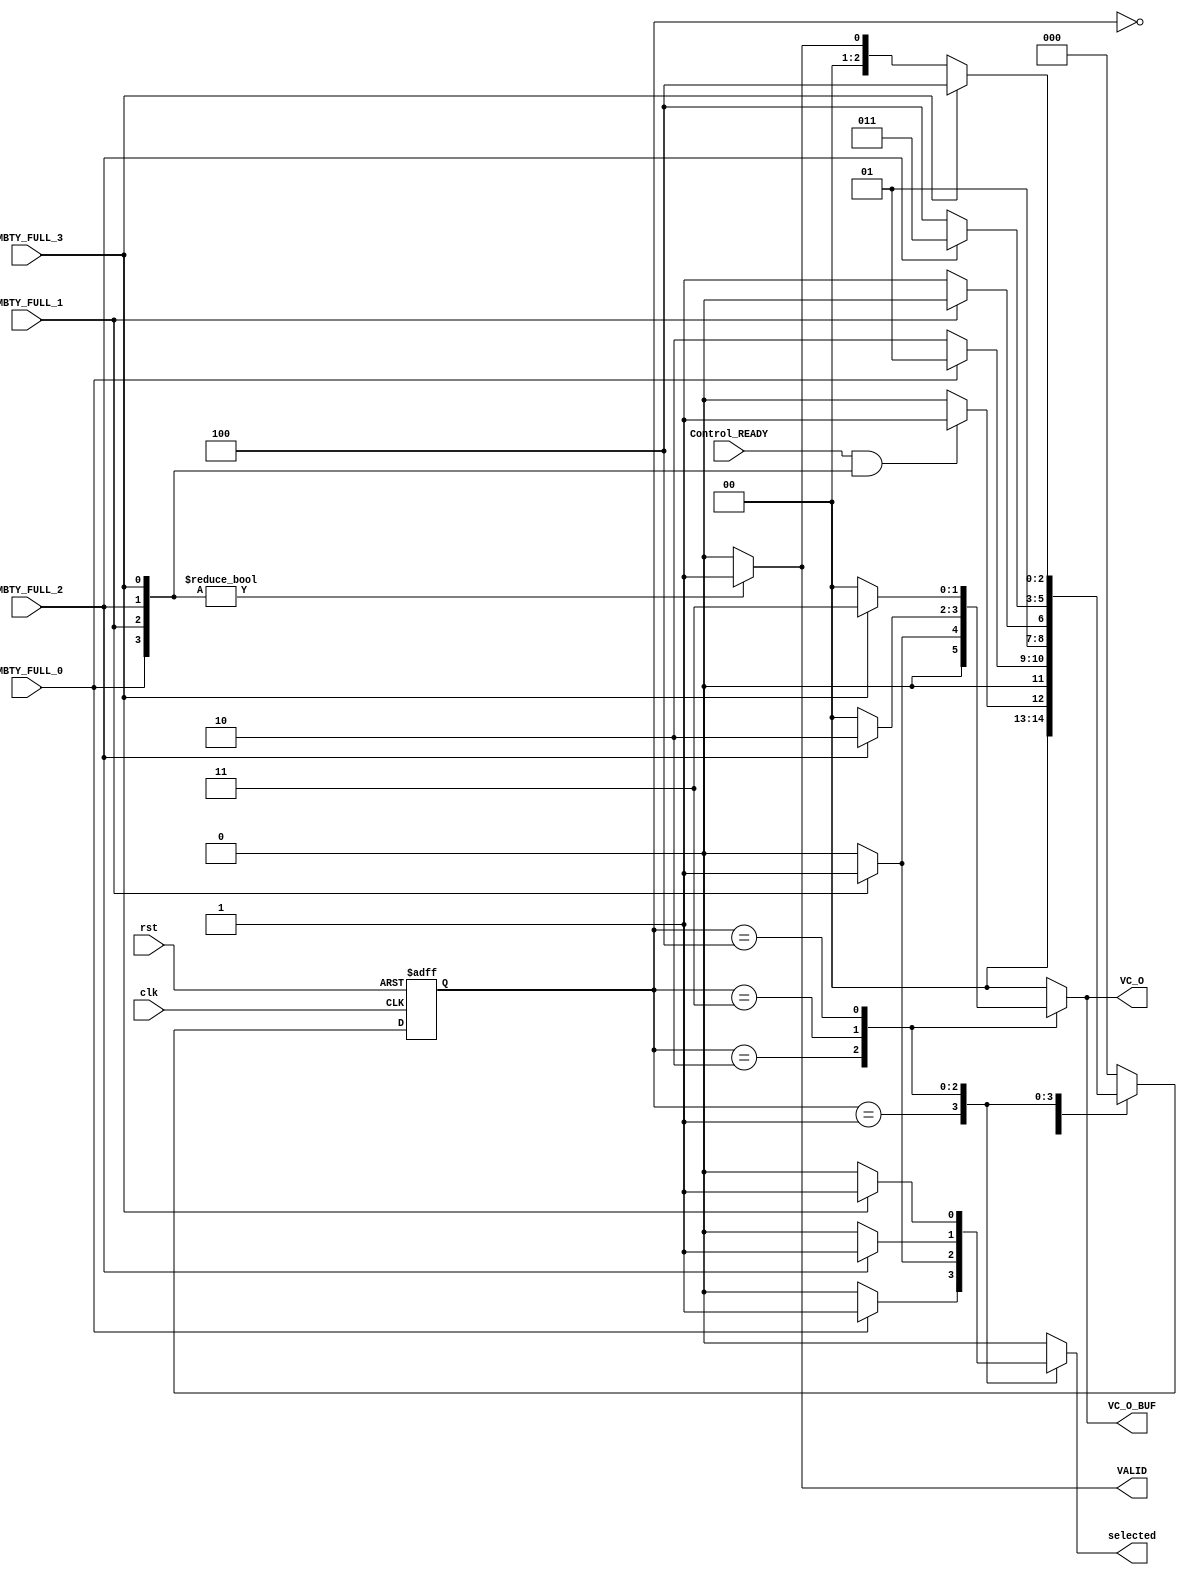
module RR_ARBITER 
(
input    wire                        clk,
input    wire                        rst,
input    wire                        EMBTY_FULL_0,
input    wire                        EMBTY_FULL_1,
input    wire                        EMBTY_FULL_2,
input    wire                        EMBTY_FULL_3,
input    wire                        Control_READY,
output   reg      [1:0]              VC_O_BUF,
output   reg      [1:0]              VC_O,
output   reg                         selected,
output   wire                        VALID
);


localparam  IDLE=3'b0,
            VC_0=3'b001,
				VC_1=3'b010,
				VC_2=3'b011,
				VC_3=3'b100;



reg [2:0] current_state,
          next_state;

wire [3:0]  flag;

assign flag = {EMBTY_FULL_0,EMBTY_FULL_1,EMBTY_FULL_2,EMBTY_FULL_3};
assign VALID = (flag)? 1'b1 : 1'b0;



//FSM

//state transiton
always@(posedge clk or negedge rst)
  begin
     if(!rst)
	    current_state<= IDLE;
		else
		 current_state<= next_state;
  end

//next state logic
always @(*)
  begin
    case(current_state)
	   IDLE   :begin
		           if(Control_READY && flag)
					     next_state = VC_0;
					  else
					     next_state = IDLE;
		        end
	   VC_0   :begin
		           if(EMBTY_FULL_0)
					     next_state = VC_0;
					  else
					     next_state = VC_1;
		        end
	   VC_1   :begin
		           if(EMBTY_FULL_1)
					     next_state = VC_1;
					  else
					     next_state = VC_2;
		        end
	   VC_2   :begin
		           if(EMBTY_FULL_2)
					     next_state = VC_2;
					  else
					     next_state = VC_3;
		        end
	   VC_3   :begin
		           if(EMBTY_FULL_3)
					     next_state = VC_3;
					  else if(flag)
					     next_state = VC_0;
					  else
					     next_state = IDLE;
		        end
		default:begin
		              next_state = IDLE;
		        end
	 endcase
  end

//output logic
always @(*)
  begin
    case(current_state)
	   IDLE   :begin
		               VC_O     =2'b0;
					      VC_O_BUF =2'b0;
							selected =1'b0;
		        end
	   VC_0   :begin
		           if(EMBTY_FULL_0)
					    begin
					      VC_O     =2'b00;					 
					      VC_O_BUF =2'b00;
							selected =1'b1;
					    end
					  else
					    begin
						   VC_O     =2'b0;
					      VC_O_BUF =2'b0;
							selected =1'b0;
						 end
		        end
	   VC_1   :begin
		           if(EMBTY_FULL_1)
					    begin
					      VC_O     =2'b01;					 
					      VC_O_BUF =2'b01;
							selected =1'b1;
					    end
					  else
					    begin
						   VC_O     =2'b0;
					      VC_O_BUF =2'b0;
							selected =1'b0;
						 end
		        end
	   VC_2   :begin
		           if(EMBTY_FULL_2)
					    begin
					      VC_O     =2'b10;					 
					      VC_O_BUF =2'b10;
							selected =1'b1;
					    end
					  else
					    begin
						   VC_O     =2'b0;
					      VC_O_BUF =2'b0;
							selected =1'b0;
						 end 
		        end
	   VC_3   :begin
		           if(EMBTY_FULL_3)
					    begin
					      VC_O     =2'b11;					 
					      VC_O_BUF =2'b11;
							selected =1'b1;
					    end
					  else
					    begin
						   VC_O     =2'b0;
					      VC_O_BUF =2'b0;
							selected =1'b0;
						 end
		        end
		default:begin
		               VC_O     =2'b0;
					      VC_O_BUF =2'b0;
							selected =1'b0;
		        end
	 endcase
  end



endmodule